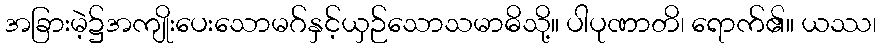
အခြားမဲ့၌အကျိုးပေးသောမဂ်နှင့်ယှဉ်သောသမာဓိသို့။ ပါပုဏာတိ၊ ရောက်၏။ ယဿ၊